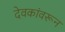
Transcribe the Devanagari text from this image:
देवकांवरून